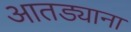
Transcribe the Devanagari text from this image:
आतड्याना